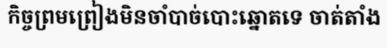
កិច្ចព្រមព្រៀងមិនចាំបាច់បោះឆ្នោតទេ ចាត់តាំង